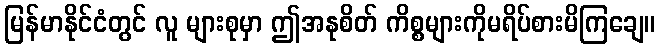
မြန်မာနိုင်ငံတွင် လူ များစုမှာ ဤအနုစိတ် ကိစ္စများကိုမရိပ်စားမိကြချေ။